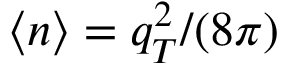
\langle n \rangle = q _ { T } ^ { 2 } / ( 8 \pi )